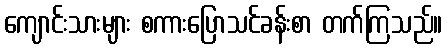
ကျောင်းသားများ စကားပြောသင်ခန်းစာ တက်ကြသည်။